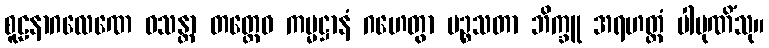
စူဠနာဂလေဏေ ဝသန္တာ တတ္ထေဝ ကမ္မဋ္ဌာနံ ဂဟေတွာ ပဉ္စသတာ ဘိက္ခူ အရဟတ္တံ ပါပုဏိံသု။